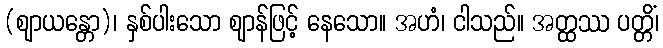
(ဈာယန္တော)၊ နှစ်ပါးသော ဈာန်ဖြင့် နေသော။ အဟံ၊ ငါသည်။ အတ္ထဿ ပတ္တိံ၊